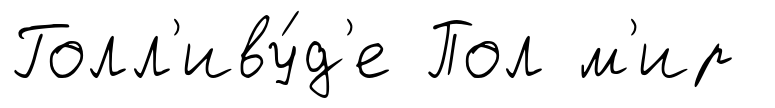
Голл'иву́д'е Пол м'ир